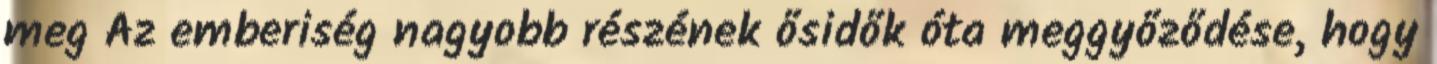
meg Az emberiség nagyobb részének ősidők óta meggyőződése, hogy